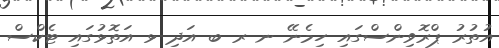
އުތުރު ޕްރޮވިންސްގައި ހިމެނޭ ނ ރ ބ އަދި ޅ އަތޮޅުގައި ޓެކްސް